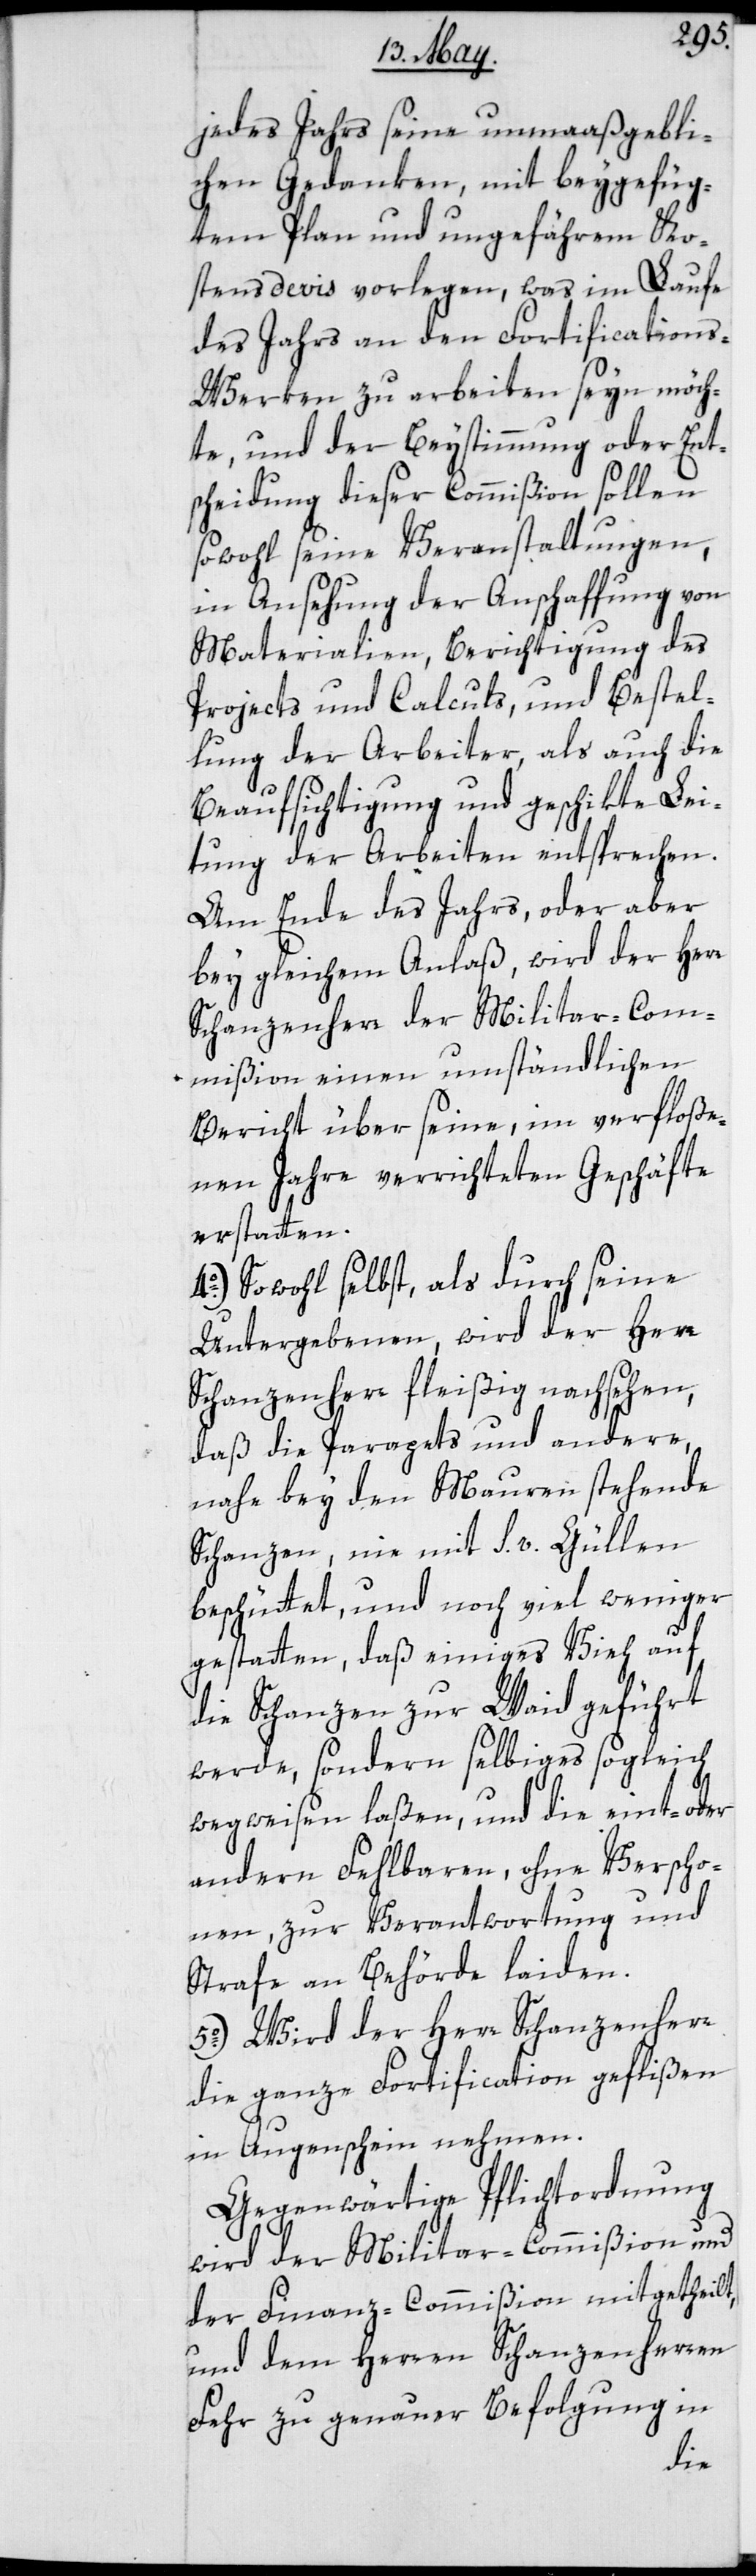
jedes Jahrs seine unmaaßgebli¬
chen Gedanken, mit beygefüg¬
tem Plan und ungefährem Ko¬
stensdevis vorlegen, was im Laufe
des Jahrs an den Fortifications-W¬
erken zu arbeiten seyn möch¬
te, und der Beystimmung oder Ent¬
scheidung dieser Commißion sollen
sowohl seine Veranstaltungen,
in Ansehung der Anschaffung von
Materialien, Berichtigung des
Projects und Calculs, und Bestel¬
lung der Arbeiter, als auch die
Beaufsichtigung und geschikte Lei¬
tung der Arbeiten entsprechen.
Am Ende des Jahrs oder aber
bey gleichem Anlaß, wird der Herr
Schanzenherr der Militar-Com¬
mißion einen umständlichen
Bericht über seine, im verfloße¬
nen Jahre verrichteten Geschäfte
erstatten.
4o.) Sowohl selbst, als durch seine
Untergebenen, wird der Herr
Schanzenherr fleißig nachsehen,
daß die Paragets und andere,
nahe bey den Mauern stehende
Schanzen, nie mit s. v. Güllen
beschüttet, und noch viel weniger
gestatten, daß einiges Vieh auf
die Schanzen zur Weid geführt
werde, sondern selbiges sogleich
wegweisen laßen, und die eint- oder
andern Fehlbaren, ohne Verscho¬
nen, zur Verantwortung und
Strafe an Behörde laiden.
5o.) Wird der Herr Schanzenherr
die ganze Fortification geflißen
in Augenschein nehmen.
Gegenwärtige Pflichtordnung
wird der Militar-Commißion und
der Finanz-Commißion mitgetheilt,
und dem Herren Schanzenherren
Fehr zu genauer Befolgung in